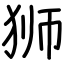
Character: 狮